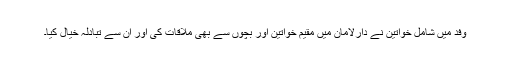
وفد میں شامل خواتین نے دارلامان میں مقیم خواتین اور بچوں سے بھی ملاقات کی اور ان سے تبادلہ خیال کیا۔